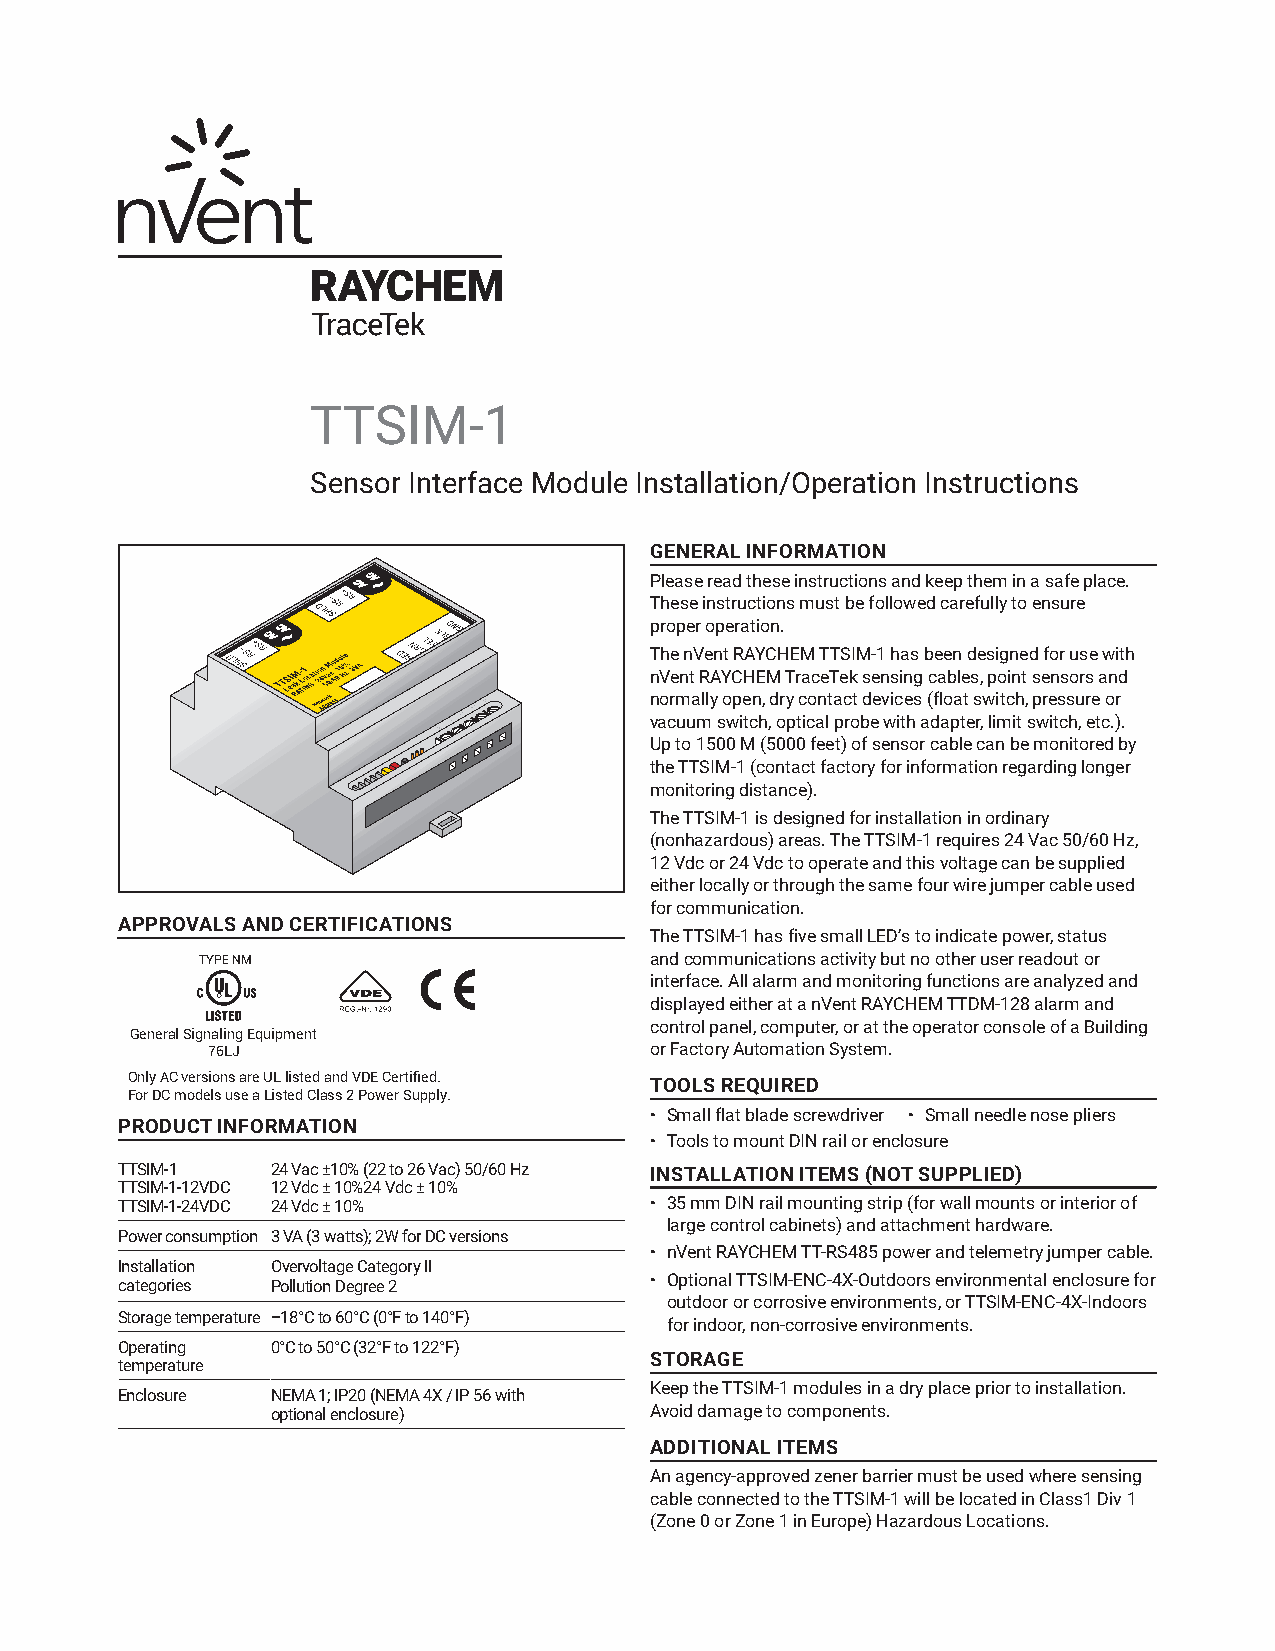
TTSIM-1
 Sensor Interface Module Installation/Operation Instructions
 GENERAL INFORMATION
 Please read these instructions and keep them in a safe place.
 These instructions must be followed carefully to ensure
 proper operation.
 The nVent RAYCHEM TTSIM-1 has been designed for use with
 nVent RAYCHEM TraceTek sensing cables, point sensors and
 normally open, dry c ontact devices (float switch, pressure or
 vacuum switch, optical probe with adapter, limit switch, etc.).
 Up to 1500 M (5000 feet) of sensor cable can be monitored by
 the TTSIM-1 (contact factory for information regarding longer
 monitoring distance).
 The TTSIM-1 is designed for installation in ordinary
 (nonhazardous) areas. The TTSIM-1 requires 24 Vac 50/60 Hz,
 12 Vdc or 24 Vdc to operate and this voltage can be supplied
 either locally or through the same four wire jumper cable used
 for communication.
 APPROVALS AND CERTIFICATIONS
 The TTSIM-1 has five small LED’s to indicate power, status
 TYPE NM                       and c ommunications activity but no other user readout or
 interface. All alarm and monitoring functions are analyzed and
 displayed either at a nVent RAYCHEM TTDM-128 alarm and
 control panel, computer, or at the operator console of a Building
 General Signaling Equipment
 76LJ                         or Factory Automation System.
 Only AC versions are UL listed and VDE Certified. TOOLS REQUIRED
 For DC models use a Listed Class 2 Power Supply.
 • Small flat blade screwdriver • Small needle nose pliers
 PRODUCT INFORMATION
 • Tools to mount DIN rail or enclosure
 TTSIM-1   24 Vac ±10% (22 to 26 Vac) 50/60 Hz INSTALLATION ITEMS (NOT SUPPLIED)
 TTSIM-1-12VDC 12 Vdc ± 10%24 Vdc ± 10%
 TTSIM-1-24VDC 24 Vdc ± 10%         • 35 mm DIN rail mounting strip (for wall mounts or interior of
 large control cabinets) and attachment hardware.
 Power consumption 3 VA (3 watts); 2W for DC versions
 • nVent RAYCHEM TT-RS485 power and telemetry jumper cable.
 Installation Overvoltage Category II
 categories Pollution Degree 2      • Optional TTSIM-ENC-4X-Outdoors environmental enclosure for
 outdoor or corrosive environments, or TTSIM-ENC-4X-Indoors
 Storage temperature –18°C to 60°C (0°F to 140°F)
 for indoor, non-corrosive environments.
 Operating 0°C to 50°C (32°F to 122°F)
 STORAGE
 temperature
 Keep the TTSIM-1 modules in a dry place prior to installation.
 Enclosure NEMA 1; IP20 (NEMA 4X / IP 56 with
 optional enclosure)      Avoid damage to components.
 ADDITIONAL ITEMS
 An agency-approved zener barrier must be used where sensing
 cable connected to the TTSIM-1 will be located in Class1 Div 1
 (Zone 0 or Zone 1 in Europe) Hazardous Locations.